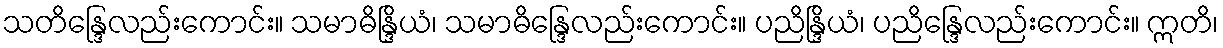
သတိန္ဒြေလည်းကောင်း။ သမာဓိန္ဒြိယံ၊ သမာဓိန္ဒြေလည်းကောင်း။ ပညိန္ဒြိယံ၊ ပညိန္ဒြေလည်းကောင်း။ ဣတိ၊